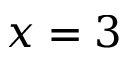
x = 3